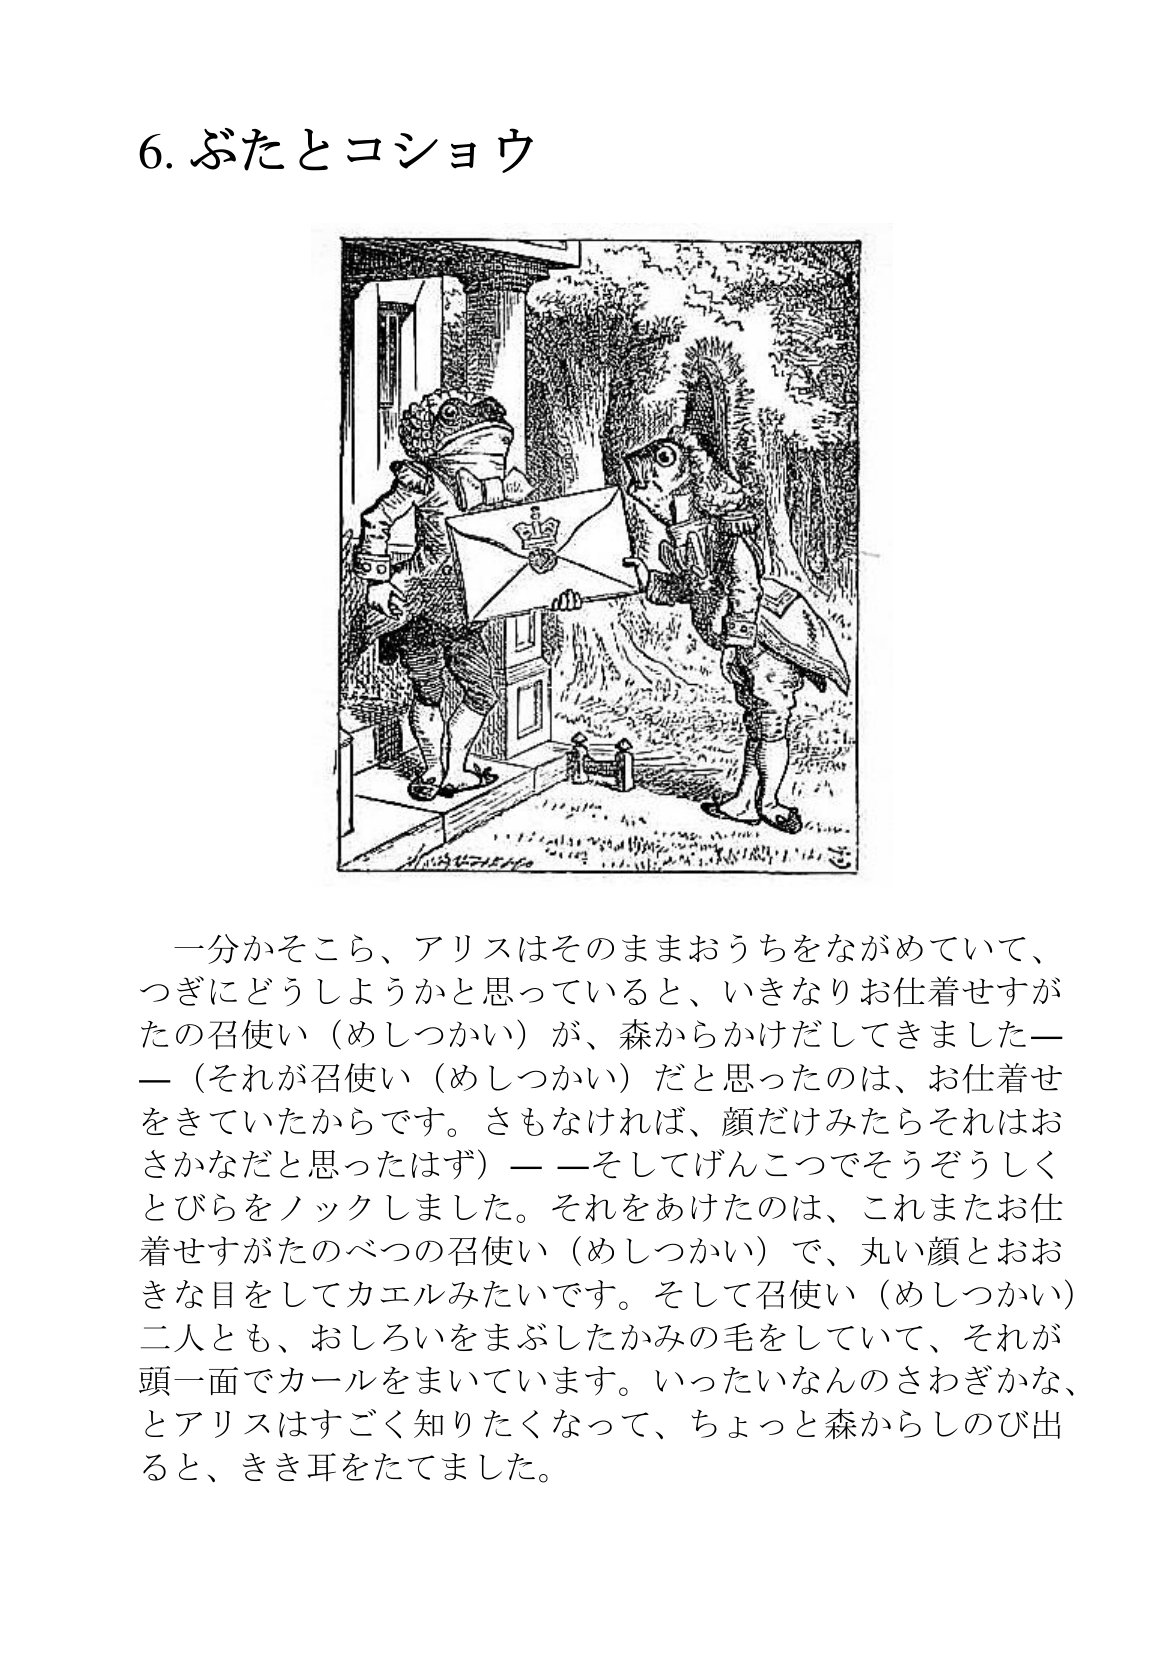
Language: ja